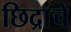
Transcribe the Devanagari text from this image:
छिद्रांचे